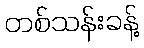
တစ်သန်းခန့်